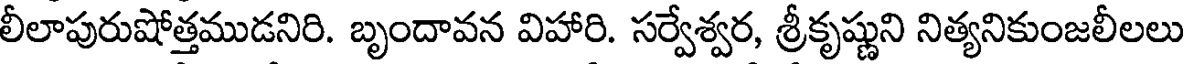
లీలాపురుషోత్తముడనిరి. బృందావన విహారి. సర్వేశ్వర, శ్రీకృష్ణుని నిత్యనికుంజలీలలు